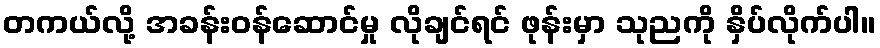
တကယ်လို့ အခန်းဝန်ဆောင်မှု လိုချင်ရင် ဖုန်းမှာ သုညကို နှိပ်လိုက်ပါ။